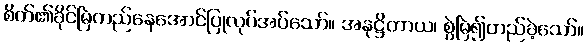
စိတ်၏ခိုင်မြဲတည်နေအောင်ပြုလုပ်အပ်သော်။ အနုဋ္ဌိတာယ၊ စွဲမြဲ၍တည်ခဲ့သော်။